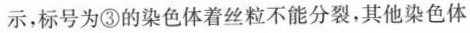
示，标号为③的染色体着丝粒不能分裂，其他染色体